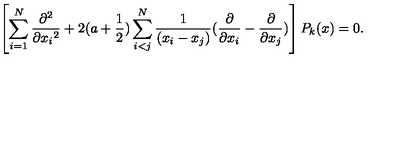
\left[ \sum _ { i = 1 } ^ { N } \frac { \partial ^ { 2 } } { \partial { x _ { i } } ^ { 2 } } + 2 ( a + \frac { 1 } { 2 } ) \sum _ { i < j } ^ { N } \frac { 1 } { ( x _ { i } - x _ { j } ) } ( \frac { \partial } { \partial x _ { i } } - \frac { \partial } { \partial x _ { j } } ) \right] P _ { k } ( x ) = 0 .